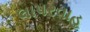
લાપરવાહ